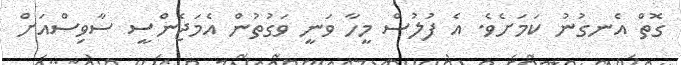
ގޮތް އެނގުނު ކަމަށެވެ. އެ ފުލުސް މީހާ ވަނީ ވަގުތުން އެމަޖެންސީ ސާވިސްއަށް